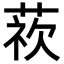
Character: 𮐁